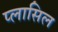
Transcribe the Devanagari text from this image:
प्लासिल